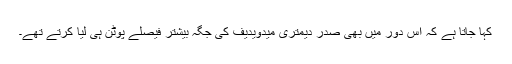
کہا جاتا ہے کہ اس دور میں بھی صدر دیمتری میدویدیف کی جگہ بیشتر فیصلے پوٹن ہی لیا کرتے تھے۔